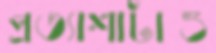
প্রত্যাশাটাও